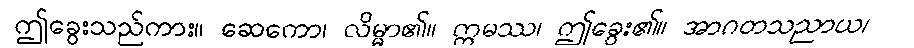
ဤခွေးသည်ကား။ ဆေကော၊ လိမ္မာ၏။ ဣမဿ၊ ဤခွေး၏။ အာဂတသညာယ၊